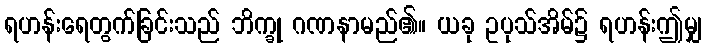
ရဟန်းရေတွက်ခြင်းသည် ဘိက္ခု ဂဏနာမည်၏။ ယခု ဥပုသ်အိမ်၌ ရဟန်းဤမျှ